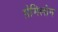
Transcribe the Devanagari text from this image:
ग्रेमिलोन